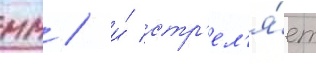
мм / и́ стр'ел'я́ет